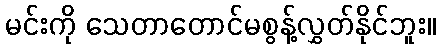
မင်းကို သေတာတောင်မစွန့်လွှတ်နိုင်ဘူး။